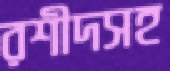
রশীদসহ